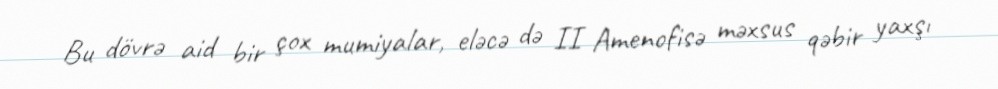
Bu dövrə aid bir çox mumiyalar, eləcə də II Amenofisə məxsus qəbir yaxşı